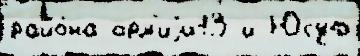
райо́на арм'иjи13 и Юсуф